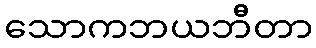
သောကဘယဘီတာ